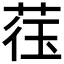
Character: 𫈙